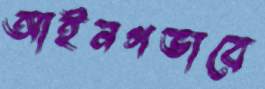
আইনগভাবে